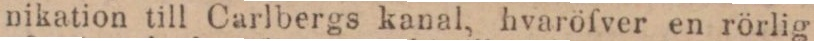
nikation till Carlbergs kanal, hvaröfver en rörlig